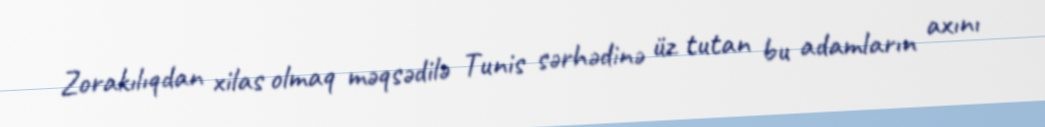
Zorakılıqdan xilas olmaq məqsədilə Tunis sərhədinə üz tutan bu adamların axını